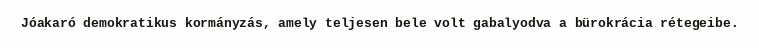
Jóakaró demokratikus kormányzás, amely teljesen bele volt gabalyodva a bürokrácia rétegeibe.